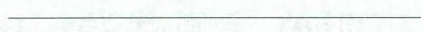
___